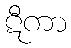
ဋီကာ